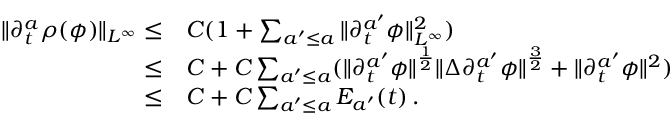
\begin{array} { r l } { \| \partial _ { t } ^ { a } \rho ( \phi ) \| _ { L ^ { \infty } } \leq } & { C ( 1 + \sum _ { a ^ { \prime } \leq a } \| \partial _ { t } ^ { a ^ { \prime } } \phi \| _ { L ^ { \infty } } ^ { 2 } ) } \\ { \leq } & { C + C \sum _ { a ^ { \prime } \leq a } ( \| \partial _ { t } ^ { a ^ { \prime } } \phi \| ^ { \frac { 1 } { 2 } } \| \Delta \partial _ { t } ^ { a ^ { \prime } } \phi \| ^ { \frac { 3 } { 2 } } + \| \partial _ { t } ^ { a ^ { \prime } } \phi \| ^ { 2 } ) } \\ { \leq } & { C + C \sum _ { a ^ { \prime } \leq a } E _ { a ^ { \prime } } ( t ) \, . } \end{array}